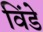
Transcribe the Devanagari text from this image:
विंडे